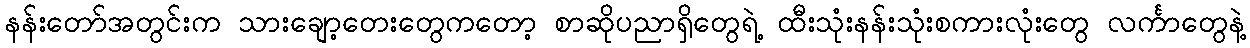
နန်းတော်အတွင်းက သားချော့တေးတွေကတော့ စာဆိုပညာရှိတွေရဲ့ ထီးသုံးနန်းသုံးစကားလုံးတွေ လင်္ကာတွေနဲ့